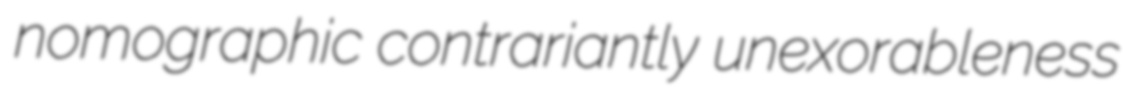
nomographic contrariantly unexorableness